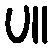
ပ။